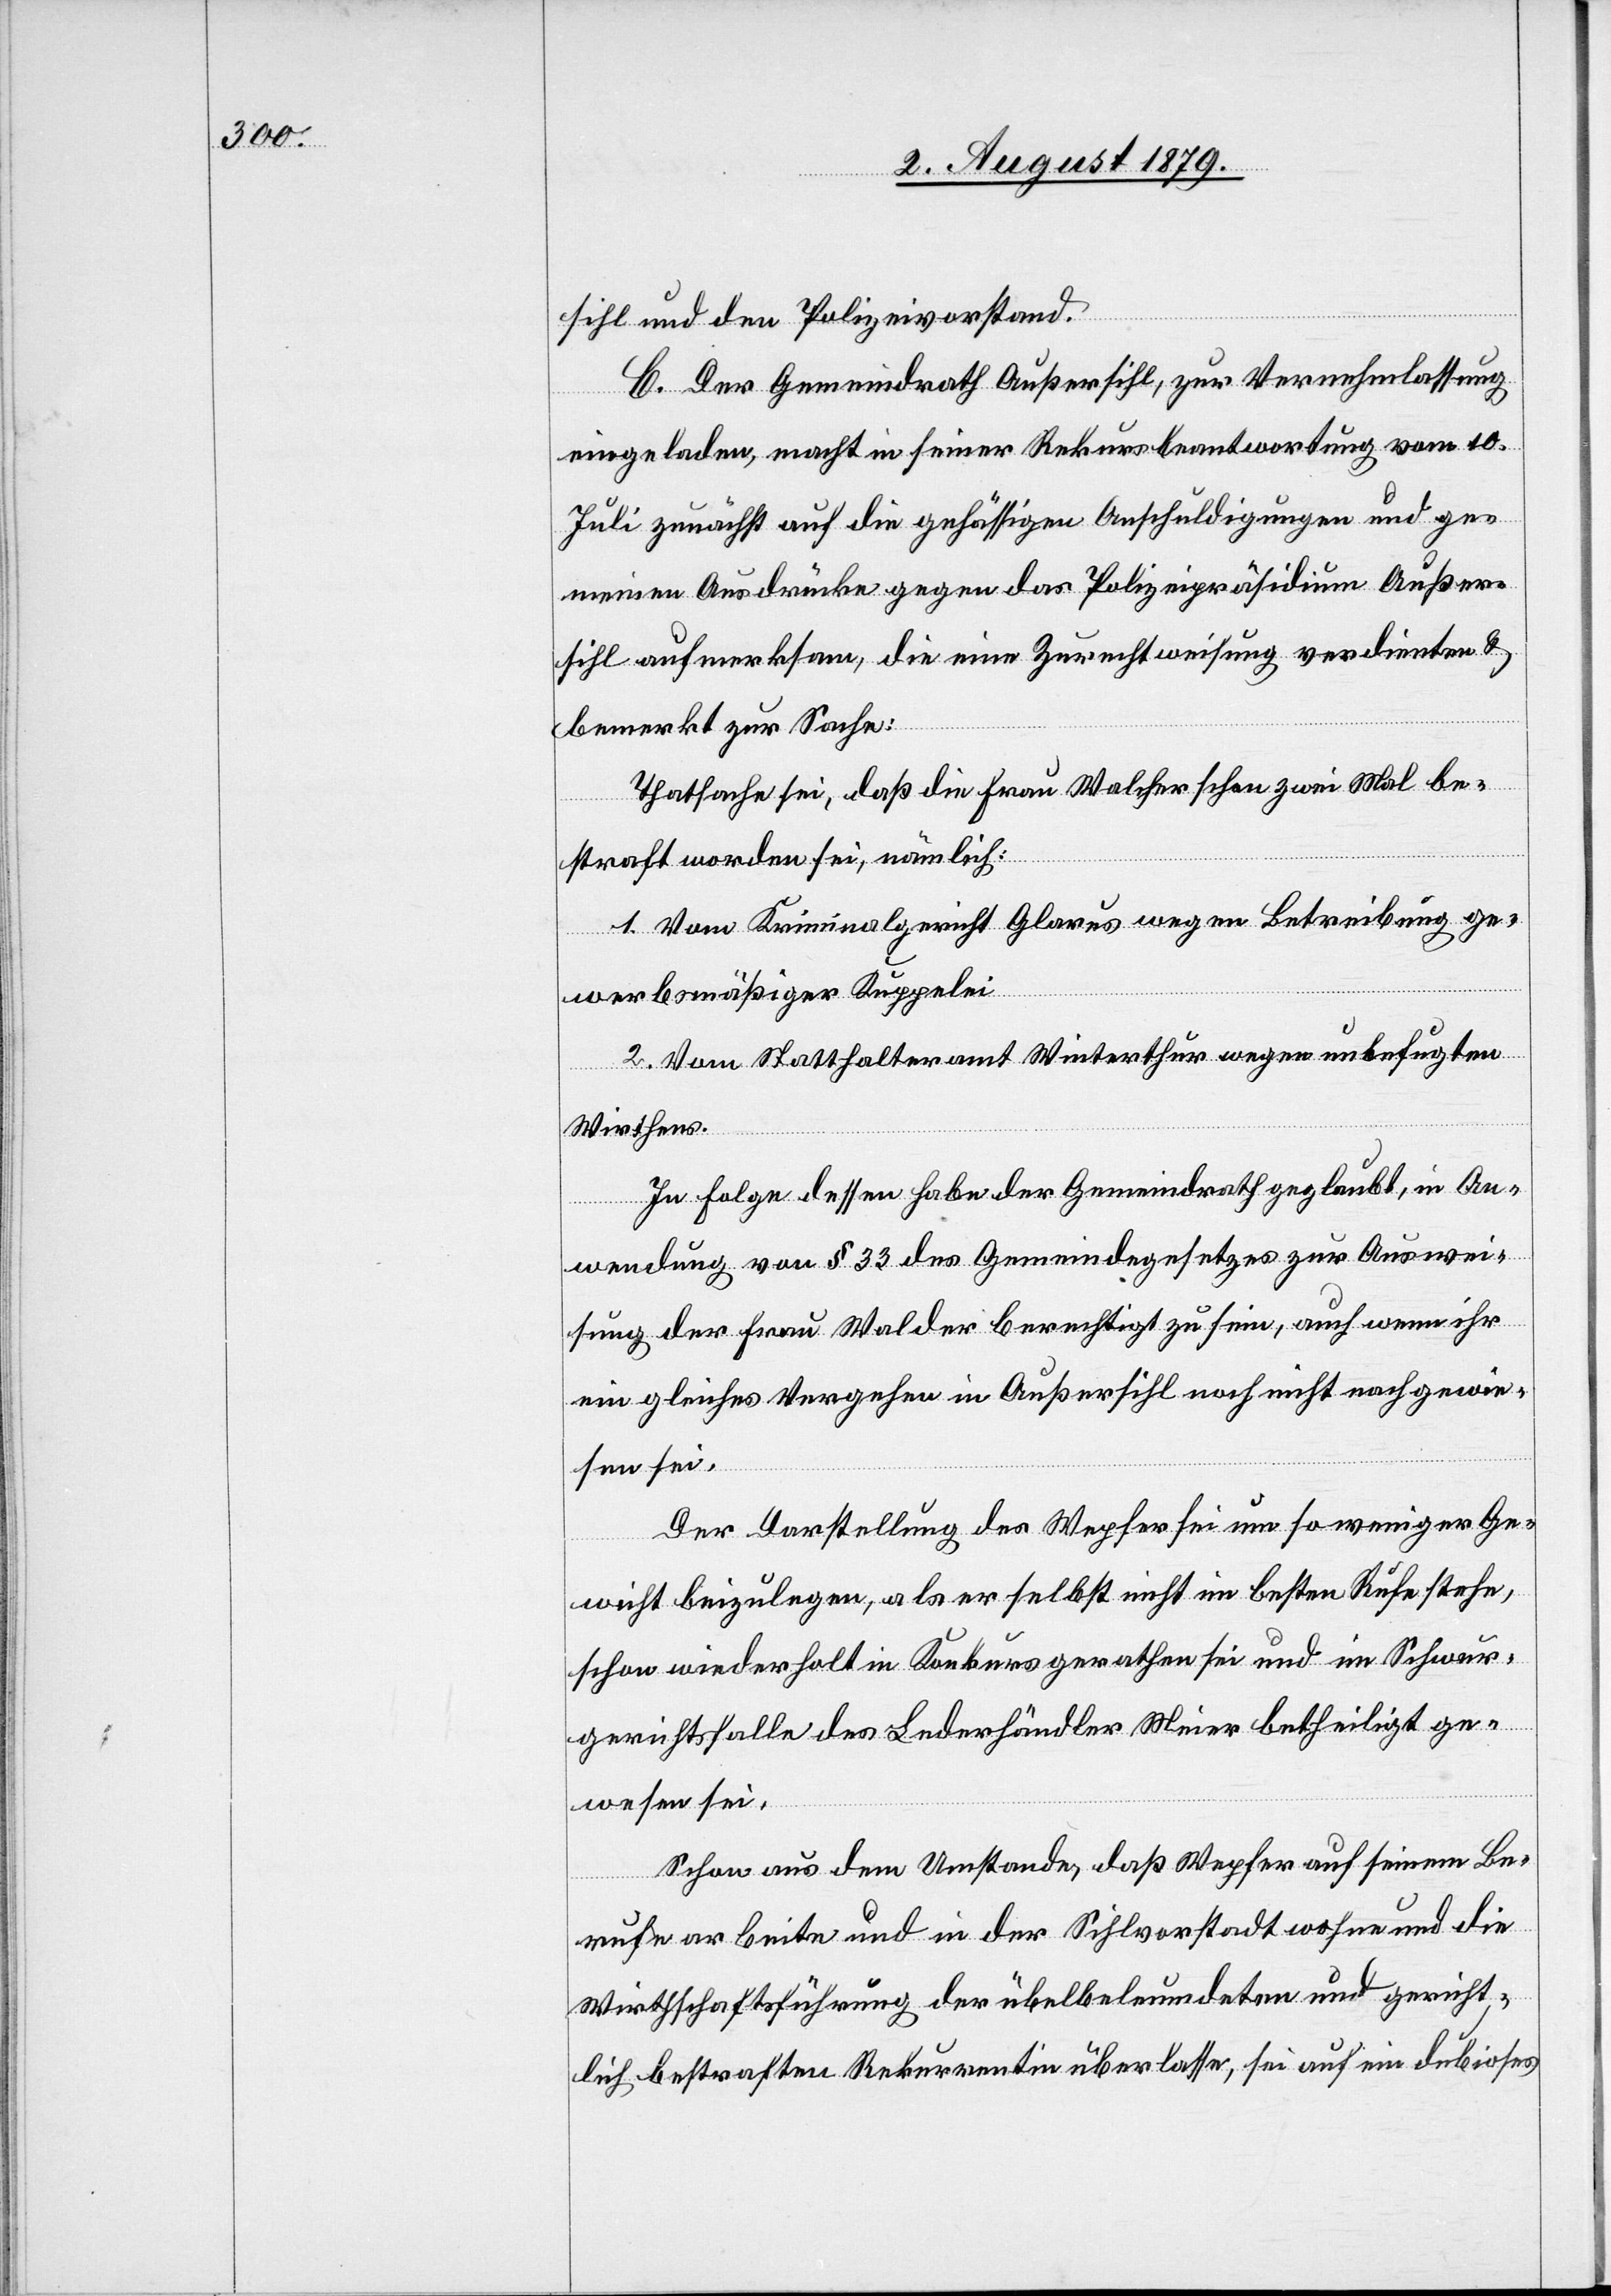
sihl und den Polizeivorstand.
C. Der Gemeindrath Außersihl, zur Vernehmlassung
eingeladen, macht in seiner Rekursbeantwortung vom 10.
Juli zunächst auf die gehässigen Anschuldigungen und ge¬
meinen Ausdrücke gegen das Polizeipräsidium Außer¬
sihl aufmerksam, die eine Zurechtweisung verdienten &
bemerkt zur Sache:
Thatsache sei, daß die Frau Walcher schon zwei Mal be¬
straft worden sei, nämlich:
1. Vom Kriminalgericht Glarus wegen Betreibung ge¬
werbsmäßiger Kuppelei.
2. Vom Statthalteramt Winterthur wegen unbefugten
Wirthens.
In Folge dessen habe der Gemeindrath geglaubt, in An¬
wendung von § 33 des Gemeindegesetzes zur Auswei¬
sung der Frau Walcher berechtigt zu sein, auch wenn ihr
ein gleiches Vergehen in Außersihl noch nicht nachgewie¬
sen sei.
Der Darstellung des Wepfer sei um so weniger Ge¬
wicht beizulegen, als er selbst nicht im besten Rufe stehe,
schon wiederholt in Konkurs gerathen sei und im Schwur¬
gerichtsfalle des Lederhändler Meier betheiligt ge¬
wesen sei.
Schon aus dem Umstande, daß Wepfer auf seinem Be¬
rufe arbeite und in der Sihlvorstadt wohne und die
Wirthschaftsführung der übelbeleumdeten und gericht¬
lich bestraften Rekurrentin überlasse, sei auf ein dubioses